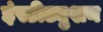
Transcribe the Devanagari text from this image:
इंस्टीट्युशन